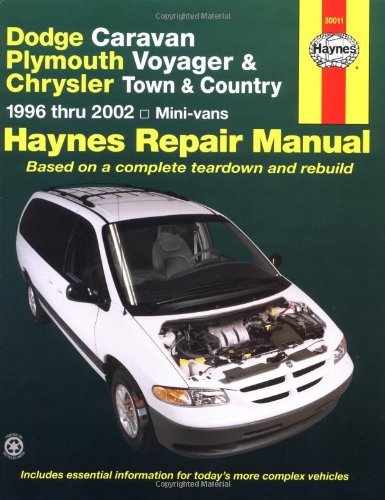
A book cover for Dodge Caravan, Plymouth Voyager & Chrysler Town & Country: 1996 thru 2002 (Haynes Repair Manuals); L Alan Ledoux; Engineering & Transportation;